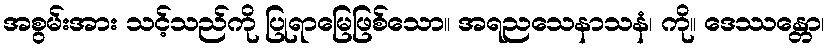
အစွမ်းအား သင့်သည်ကို ပြုရာမြေဖြစ်သော။ အရညသေနာသနံ၊ ကို။ ဒေဿန္တော၊